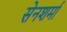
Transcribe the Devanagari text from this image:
सेनशर्मा